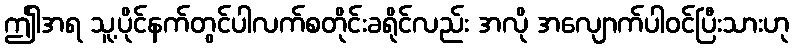
ဤါအရ သူ့ပိုင်နက်တွင်ပါလက်စတိုင်းခရိုင်လည်း အလို အလျောက်ပါဝင်ပြီးသားဟု